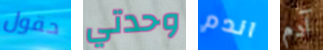
حقول وحدتي اندم آدم